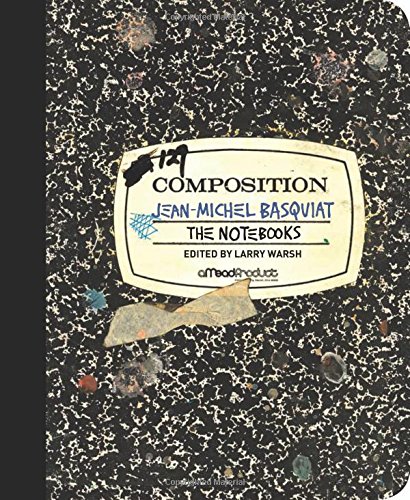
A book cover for The Notebooks; Jean-Michel Basquiat; Arts & Photography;